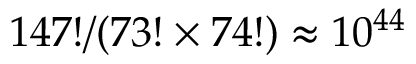
1 4 7 ! / ( 7 3 ! \times 7 4 ! ) \approx 1 0 ^ { 4 4 }